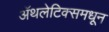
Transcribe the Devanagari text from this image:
ॲथलेटिक्समधून